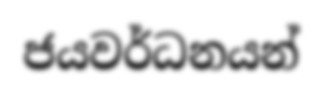
ජයවර්ධනයන්